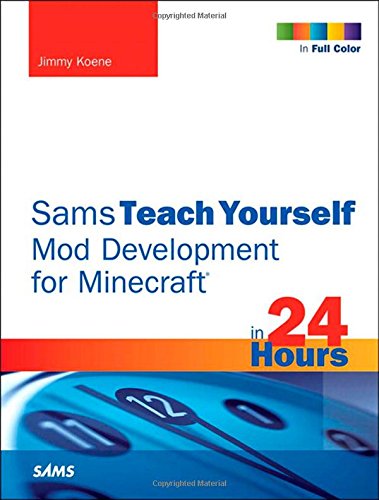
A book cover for Sams Teach Yourself Mod Development for Minecraft in 24 Hours; Jimmy Koene; Humor & Entertainment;